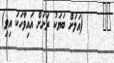
٦٧     (އަލަށް ބަޔަކު ރަށަށް އައިވާހަކަ އިވި)